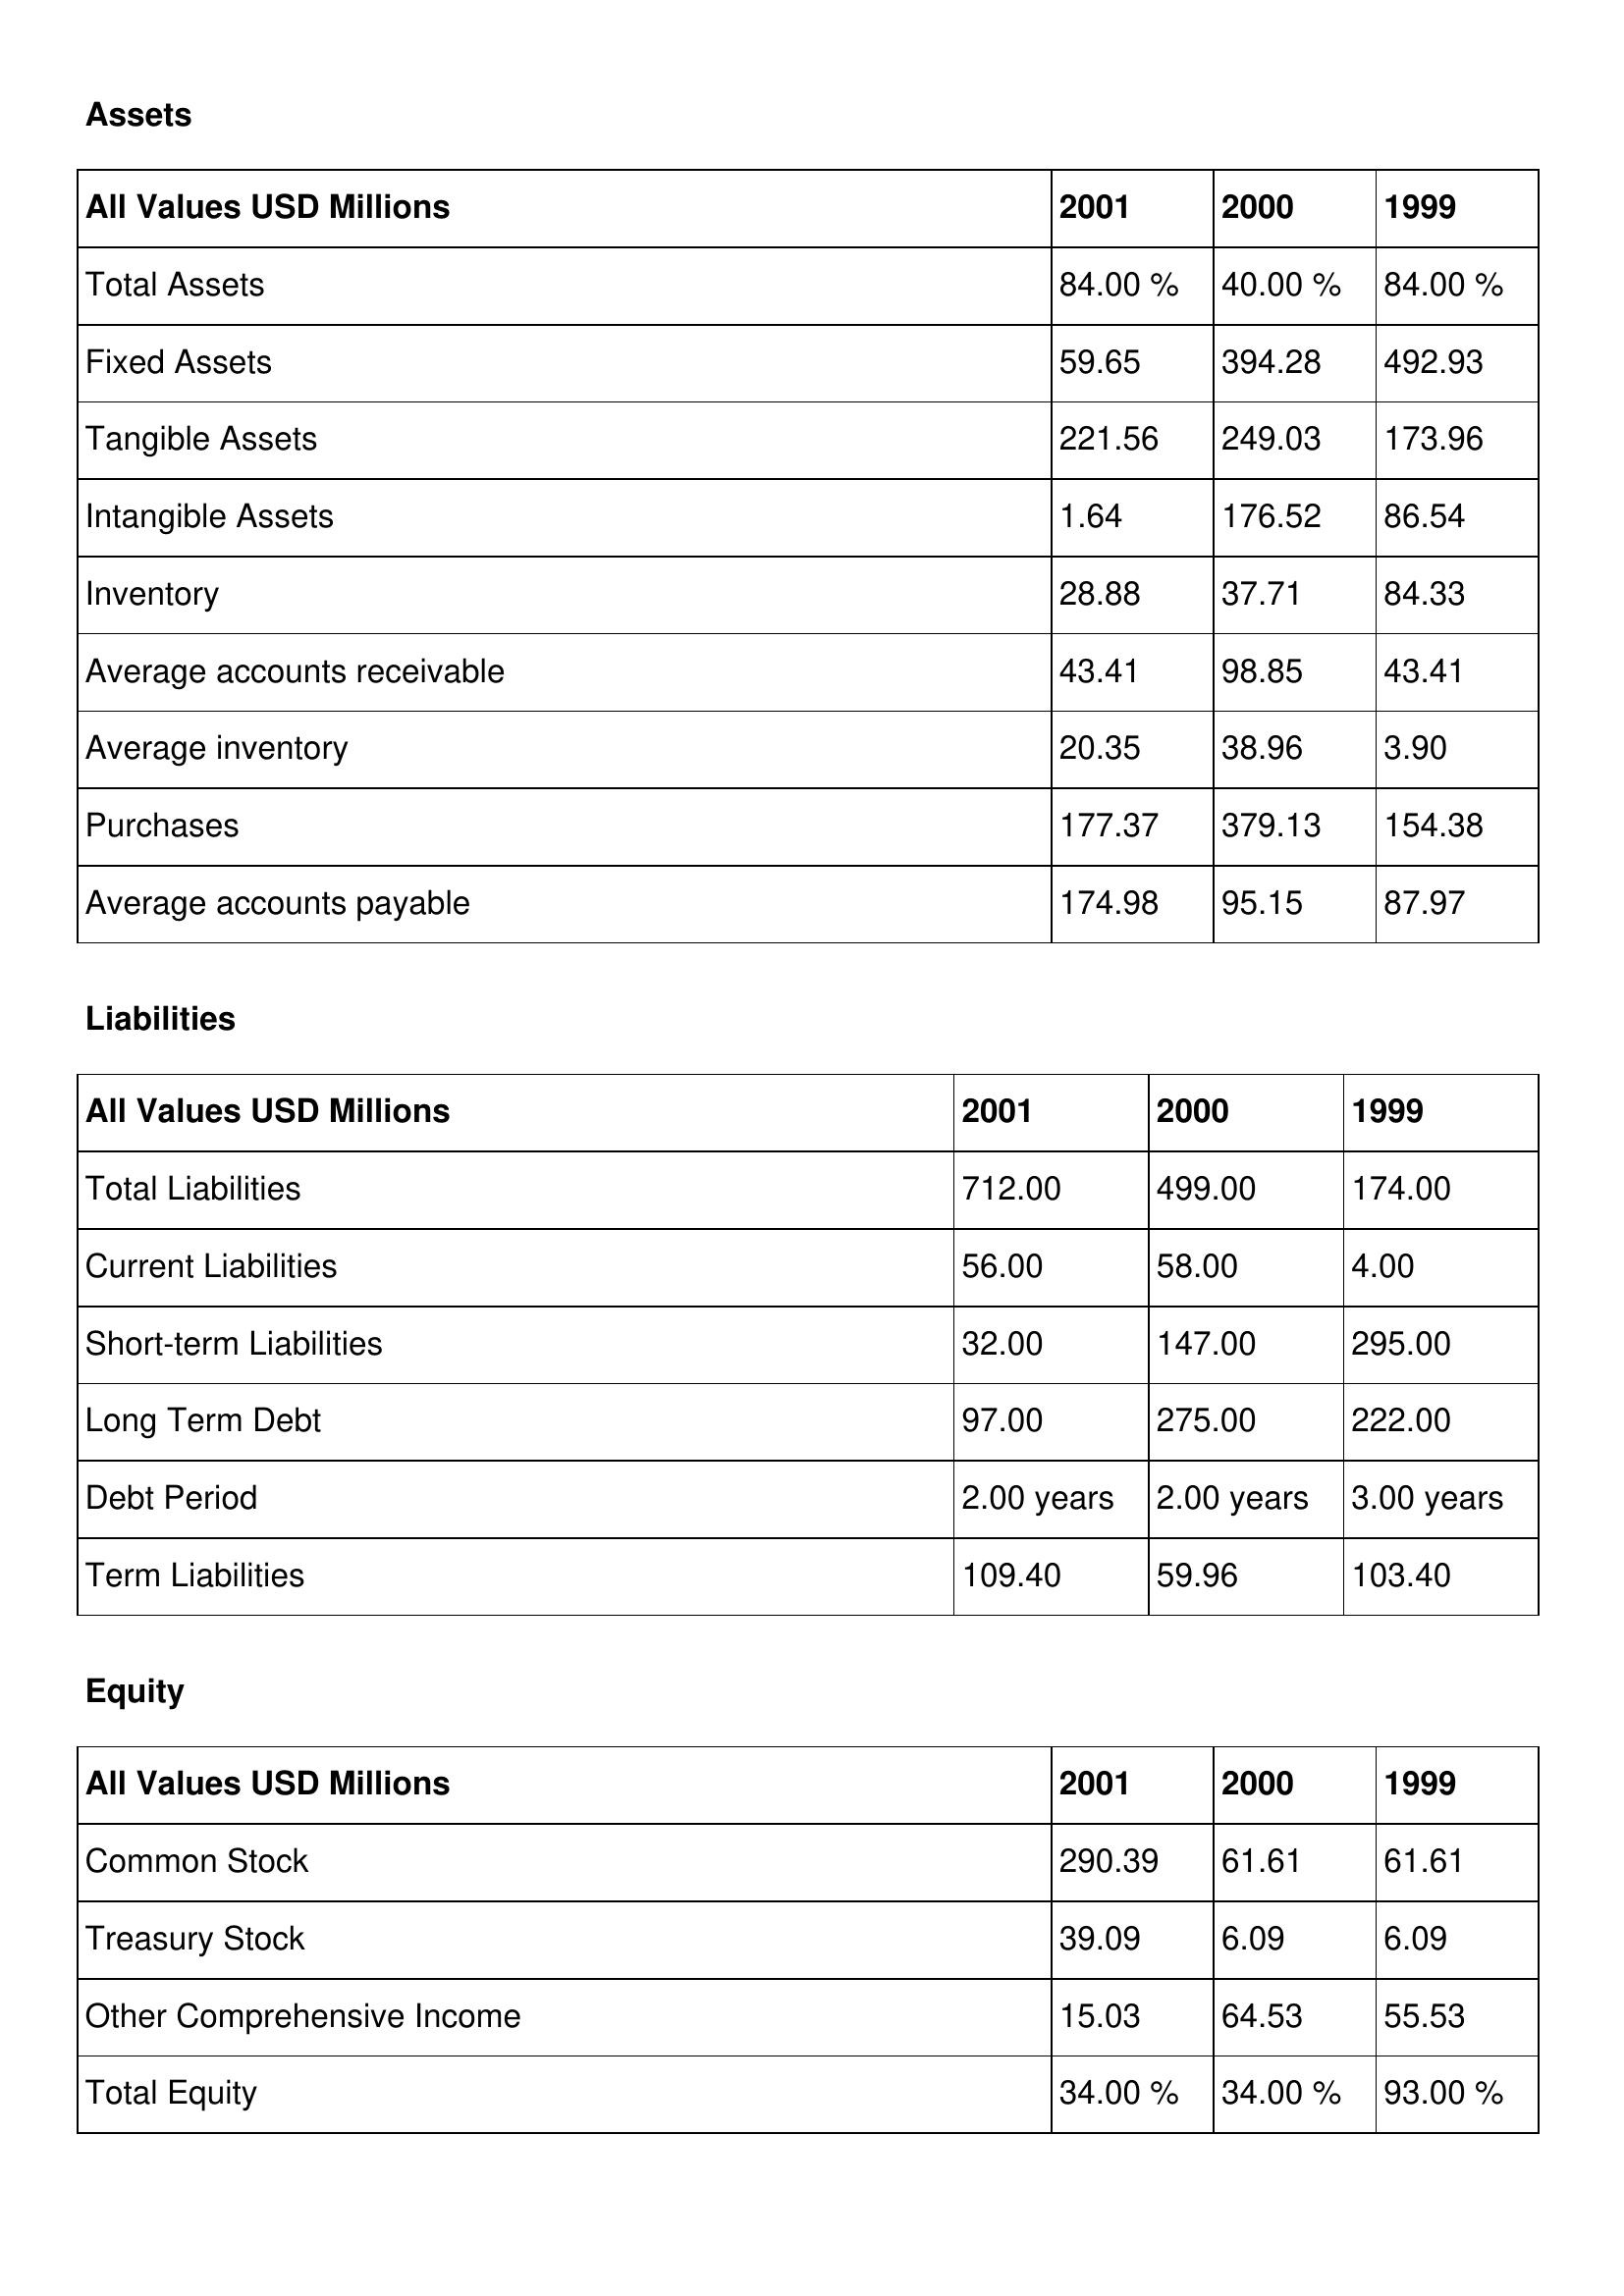
gt_parse: 2001: Assets: Total Assets: 84.00 %
Fixed Assets: 59.65
Tangible Assets: 221.56
Intangible Assets: 1.64
Inventory: 28.88
Average accounts receivable: 43.41
Average inventory: 20.35
Purchases: 177.37
Average accounts payable: 174.98
Liabilities: Total Liabilities: 712.00
Current Liabilities: 56.00
Short-term Liabilities: 32.00
Long Term Debt: 97.00
Debt Period: 2.00 years
Term Liabilities: 109.40
Equity: Common Stock: 290.39
Treasury Stock: 39.09
Other Comprehensive Income: 15.03
Total Equity: 34.00 %
2000: Assets: Total Assets: 40.00 %
Fixed Assets: 394.28
Tangible Assets: 249.03
Intangible Assets: 176.52
Inventory: 37.71
Average accounts receivable: 98.85
Average inventory: 38.96
Purchases: 379.13
Average accounts payable: 95.15
Liabilities: Total Liabilities: 499.00
Current Liabilities: 58.00
Short-term Liabilities: 147.00
Long Term Debt: 275.00
Debt Period: 2.00 years
Term Liabilities: 59.96
Equity: Common Stock: 61.61
Treasury Stock: 6.09
Other Comprehensive Income: 64.53
Total Equity: 34.00 %
1999: Assets: Total Assets: 84.00 %
Fixed Assets: 492.93
Tangible Assets: 173.96
Intangible Assets: 86.54
Inventory: 84.33
Average accounts receivable: 43.41
Average inventory: 3.90
Purchases: 154.38
Average accounts payable: 87.97
Liabilities: Total Liabilities: 174.00
Current Liabilities: 4.00
Short-term Liabilities: 295.00
Long Term Debt: 222.00
Debt Period: 3.00 years
Term Liabilities: 103.40
Equity: Common Stock: 61.61
Treasury Stock: 6.09
Other Comprehensive Income: 55.53
Total Equity: 93.00 %